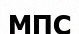
МПС